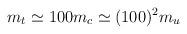
LaTeX: \begin{align*}m_t\simeq100 m_c\simeq (100)^2m_u \end{align*}